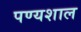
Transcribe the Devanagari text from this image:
पण्यशाल